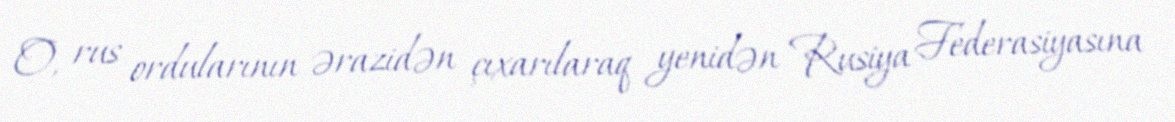
O, rus ordularının ərazidən çıxarılaraq yenidən Rusiya Federasiyasına